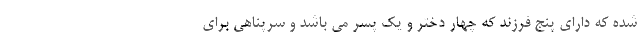
شده که دارای پنج فرزند که چهار دختر و یک پسر می باشد و سرپناهی برای